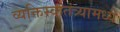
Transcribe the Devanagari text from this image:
व्यक्तिस्वातंत्र्यामध्ये